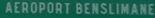
AÉROPORT BENSILIMANE